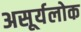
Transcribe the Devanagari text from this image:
असूर्यलोक